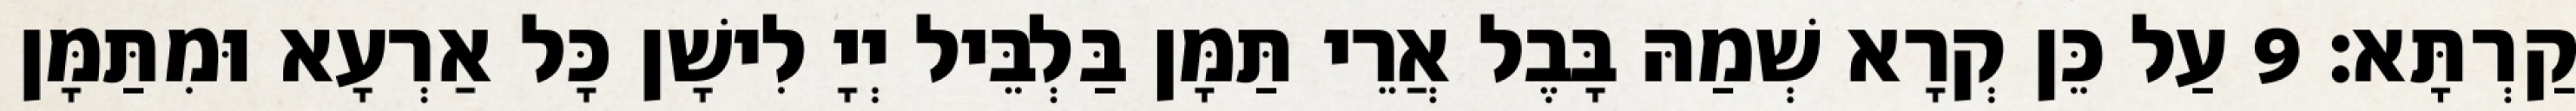
קַרְתָּא׃ 9 עַל כֵּן קְרָא שְׁמַהּ בָּבֶל אֲרֵי תַּמָּן בַּלְבֵּיל יְיָ לִישָׁן כָּל אַרְעָא וּמִתַּמָּן